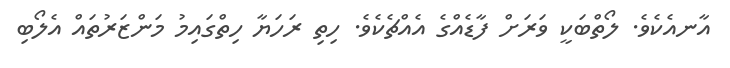
އާނއެކެވެ. ލޯތްބަކީ ވަރަށް ފާޑެއްގެ އެއްޗެކެވެ. ހިތި ރަހަޔާ ހިތްގައިމު މަންޒަރުތައް އެލޯބި